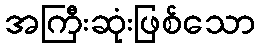
အကြီးဆုံးဖြစ်သော